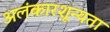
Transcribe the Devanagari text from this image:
अलंकारशून्यता